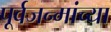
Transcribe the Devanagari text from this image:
पूर्वजन्मांच्या